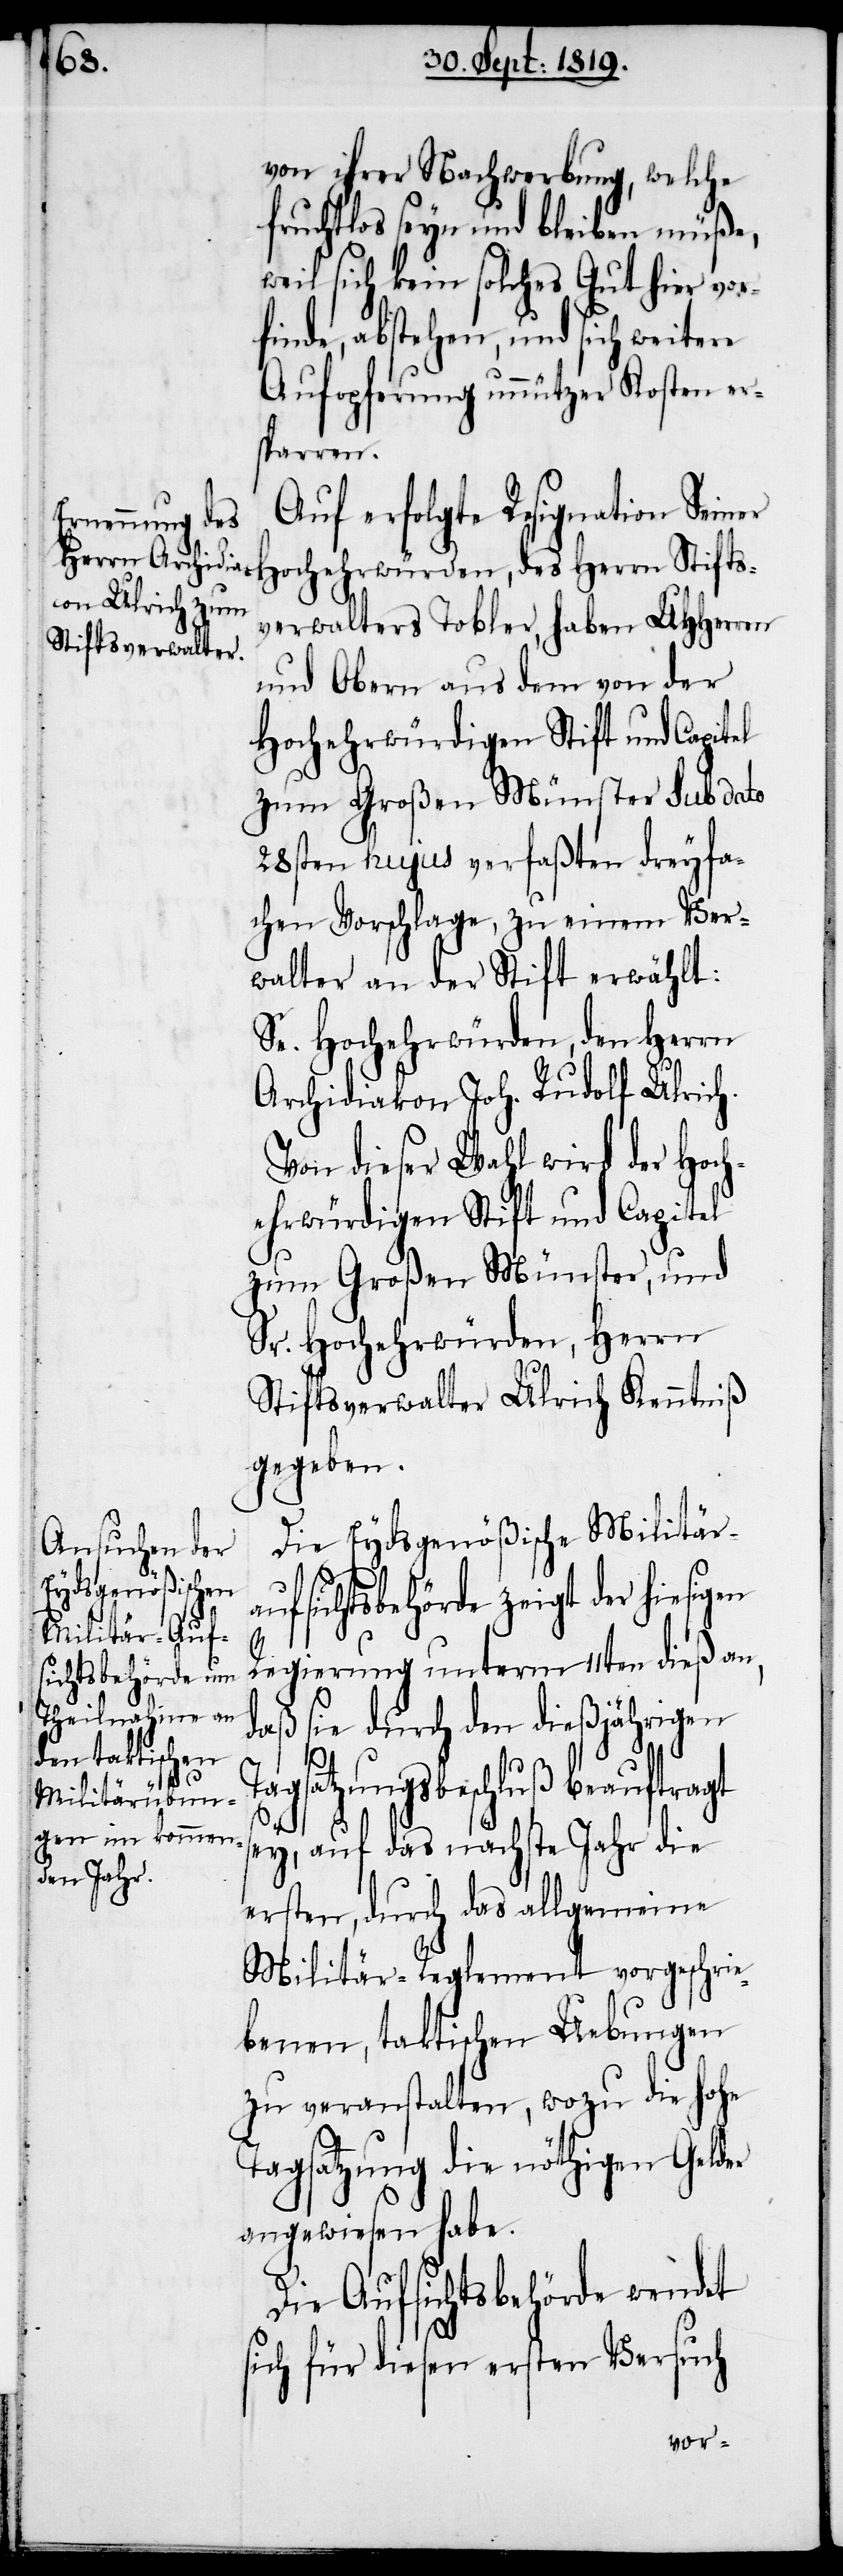
von ihrer Nachwerbung, welche
fruchtlos seyn und bleiben müße,
weil sich kein solches Gut hier vor¬
finde, abstehen, und sich weitere
Aufopferung unnützer Kosten er¬
sparen.
Auf erfolgte Resignation Sein¬
verwalter Tobler, haben UHHerren
und Obern aus dem von der
Hochehrwürdigen Stift und Capitel
zum Großen Münster sub dato
28sten hujus verfaßten dreyfa¬
chen Vorschlage, zu einem Ver¬
walter an der Stift erwählt:
Se. Hochehrwürden, den Herrn
Archidiakon Joh. Rudolf Ulrich.
Von dieser Wahl wird der Hoch¬
ehrwürdigen Stift und Capitel
zum Großen Münster, und
Sr. Hochehrwürden, Herrn
Stiftverwalter Ulrich Kenntniß
gegeben.
Die Eydsgenößische Militär¬
aufsichtsbehörde zeigt der hiesigen
s¬
Regierung unterm 11ten dieß an,
daß sie durch den dießjährigen
Stifts¬
Tagsatzungbeschluß beauftragt
ey, auf das nächste Jahr die
ersten, durch das allgemeine
Militär-Reglement vorgeschrie¬
benen, taktischen Uebungen
zu verantstalten, wozu die hohe
Tagsatzung die nöthigen Gelder
angewiesen habe.
Die Aufsichtsbehörde wendet
sich für diesen ersten Versuch